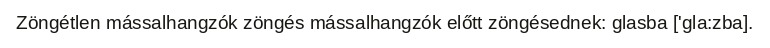
Zöngétlen mássalhangzók zöngés mássalhangzók előtt zöngésednek: glasba ['gla:zba].